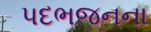
પદભજનના